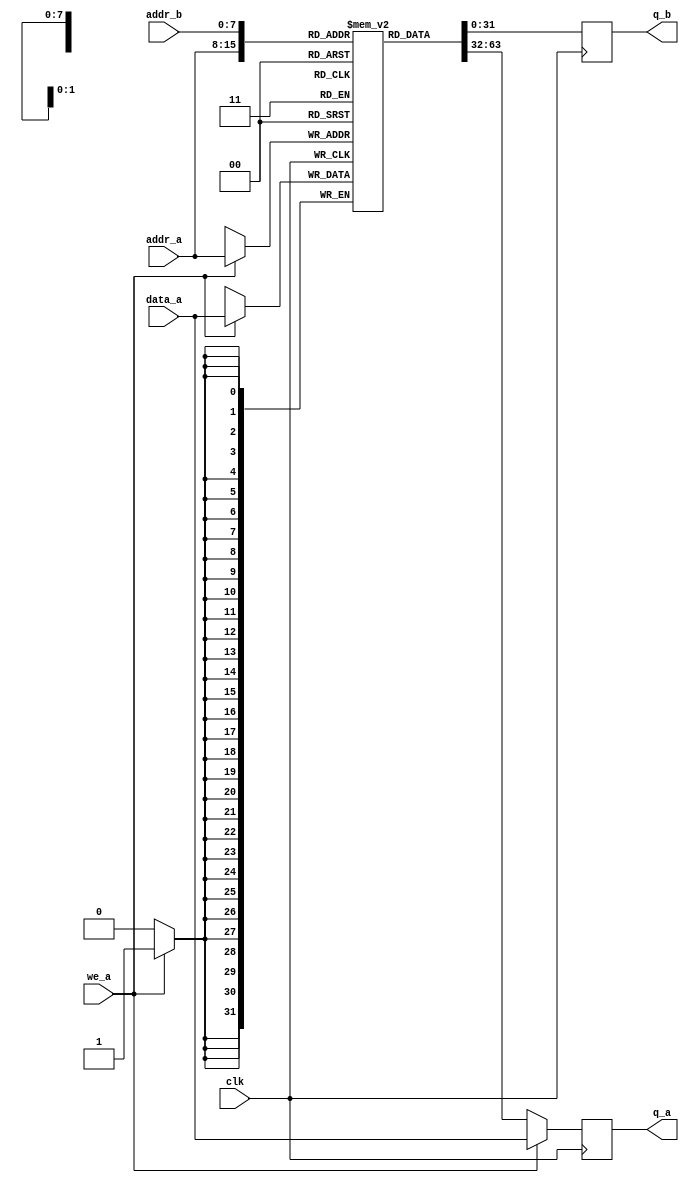
module tdpRam(
	input [31:0] data_a,
	input [7:0] addr_a, addr_b,
	input we_a, clk,
	output reg [31:0] q_a, q_b
);
	// Declare the RAM variable
	reg [31:0] ram[255:0];
	
	// Port A
	always @ (posedge clk)
	begin
		if (we_a) 
		begin
			ram[addr_a] <= data_a;
			q_a <= data_a;
		end
		else 
		begin
			q_a <= ram[addr_a];
		end
	end
	
	// Port B
	always @ (posedge clk)
	begin
		begin
			q_b <= ram[addr_b];
		end
	end
		
	initial begin
		ram[0] = 32'b00000010100000000000000000000111;
		ram[1] = 32'b00000010100000010001000000001001;
		ram[2] = 32'b00000000100000000010000000000001;
		ram[3] = 32'b00000101100100100011000000000000;
		ram[4] = 32'b00000101100100010100000000000000;
		ram[5] = 32'b00000111100000110010000000000100;
	end
	
endmodule